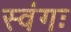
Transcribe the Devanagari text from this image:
स्वंगः